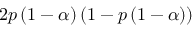
2 p \left( 1 - \alpha \right) \left( 1 - p \left( 1 - \alpha \right) \right)